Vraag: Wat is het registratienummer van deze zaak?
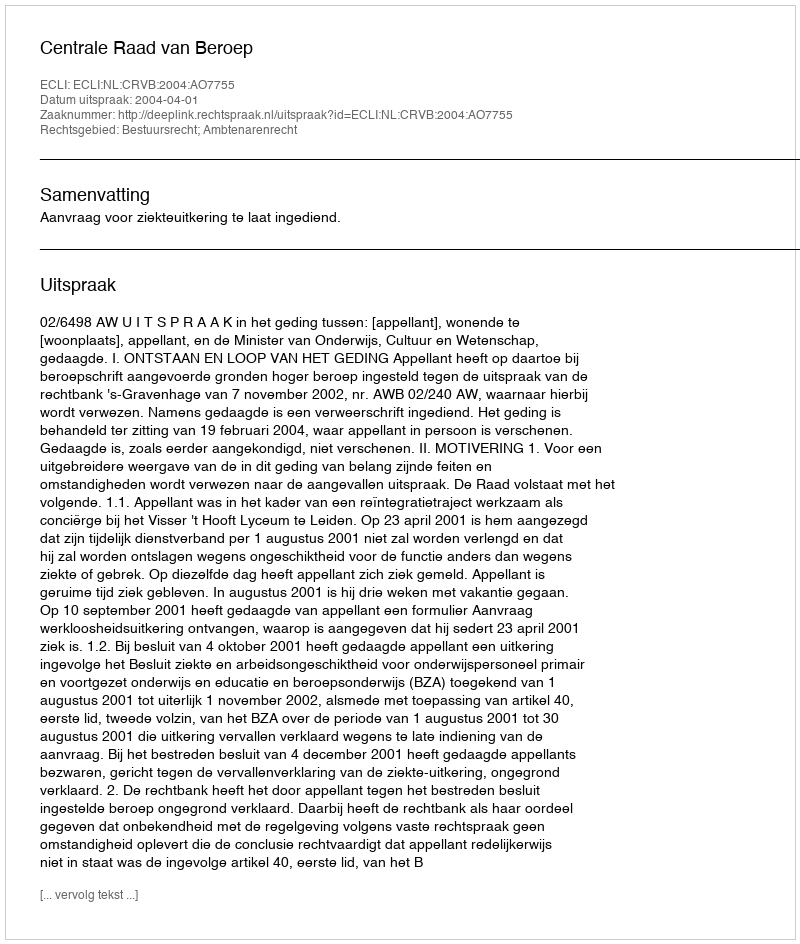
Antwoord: http://deeplink.rechtspraak.nl/uitspraak?id=ECLI:NL:CRVB:2004:AO7755